Lunatic asylums Madras 1877-1891 - 1877-1891
Year: 1877
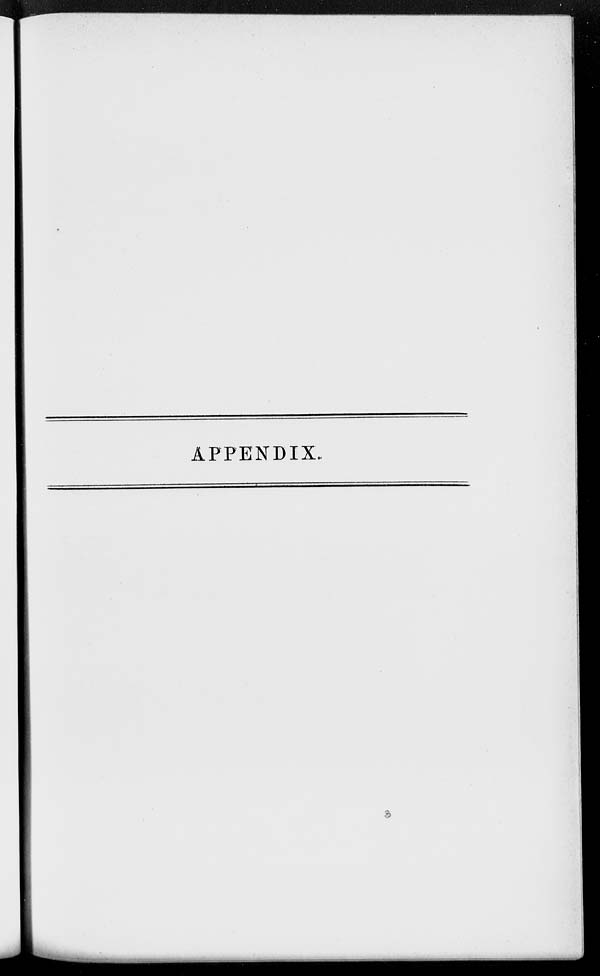
APPENDIX.
3